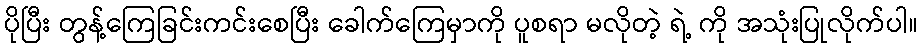
ပိုပြီး တွန့်ကြေခြင်းကင်းစေပြီး ခေါက်ကြေမှာကို ပူစရာ မလိုတဲ့ ရဲ့ ကို အသုံးပြုလိုက်ပါ။